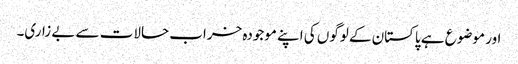
اور موضوع ہے پاکستان کے لوگوں کی اپنے موجودہ خراب حالات سے بے زاری۔